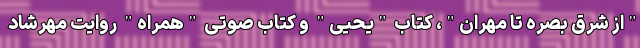
"از شرق بصره تا مهران"، کتاب "یحیی" و کتاب صوتی "همراه" روایت مهرشاد